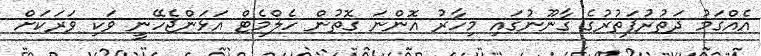
އެއްގަމު ދަތުރުފަތުރުގެ ގާނޫނުގައި މިހާރު އޮންނަ ގޮތުން ހެލްމެޓް އަޅަންޖެހޭނީ ވަކި ވަރަކަށް